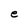
Character: e